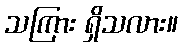
သကြား ရှိသလား။